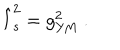
\hat { l } _ { s } ^ { 2 } = g _ { \mathrm { Y M } } ^ { 2 } \ .